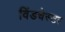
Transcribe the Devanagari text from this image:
विंडचेस्टर